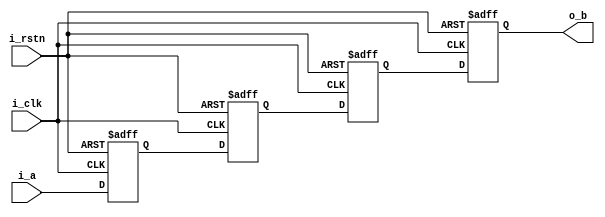
//The shift reg for the design which is used to delay
module mmm_nlp_shift_reg#(
    parameter LATENCY           = 4   ,
    parameter WD                = 256
)(
    input                       i_clk,
    input                       i_rstn,

    input   [WD-1:0]            i_a,
    output  [WD-1:0]            o_b         
);
//-------------------------------------------------------------------------------

//-------------------------------------------------------------------------------
generate
    if (LATENCY==0) begin
        assign o_b=i_a;
    end else if(LATENCY==1)begin
        reg [WD-1:0]lc;

        always@(posedge i_clk or negedge i_rstn)begin
            if (!i_rstn) begin
                lc <= 'd0;
            end 
            else begin
                lc <= i_a;
            end
        end

        assign o_b=lc;
    end else begin
        reg [WD-1:0]lc[0:LATENCY-1];
        integer j;
        always@(posedge i_clk or negedge i_rstn)begin
            if (!i_rstn) begin
                for ( j = 0;j< LATENCY;j=j+1 ) begin
                    lc[j] <= 'd0;
                end
            end 
            else begin
                for ( j = 0;j< LATENCY-1;j=j+1 ) begin
                    lc[0]   <= i_a;
                    lc[j+1] <= lc[j];
                end
            end
        end
        assign o_b=lc[LATENCY-1];        
    end
endgenerate

endmodule